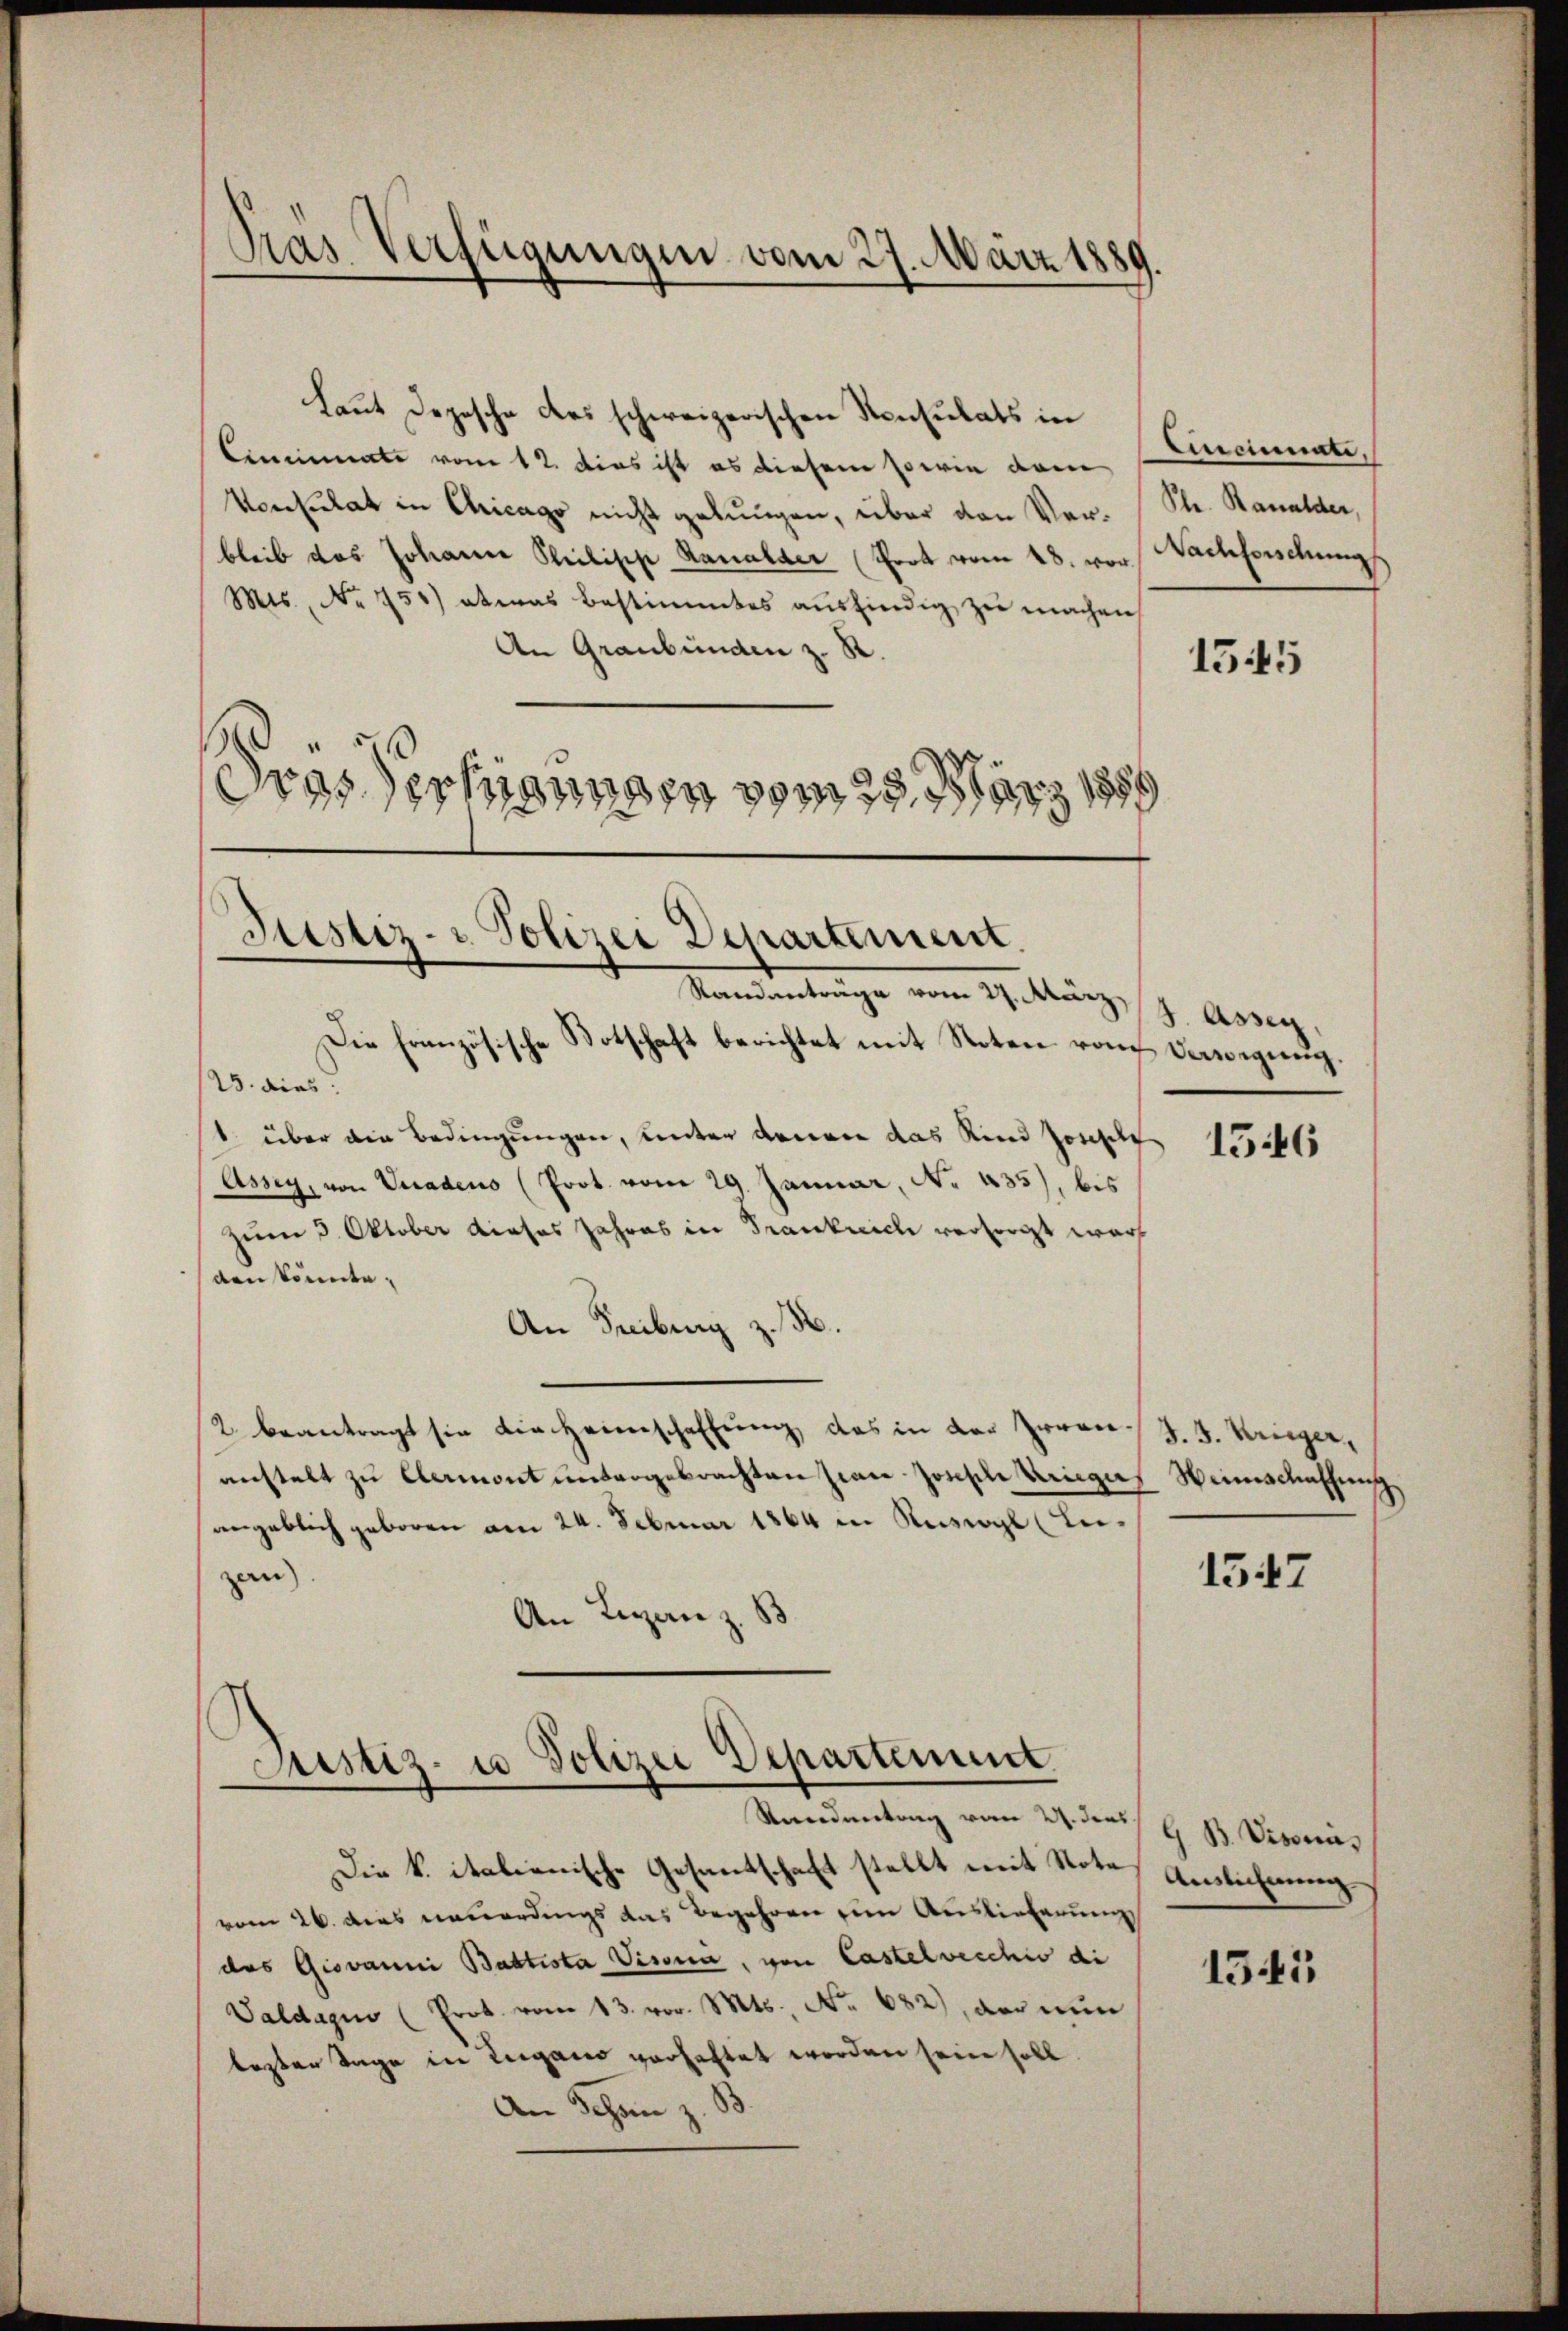
Träs Verfügungen vom 27. März 1889.

Laut Depesche des schweizerischen Konsulats in
Cinnmate vom 12. Dies ist es diesem sowie dam
Vonsulat in Chicago nicht gebungen, über den Ver- St. Kanalder,
bleib das Johann Philipp Kanalser (Prot vom 28. vor Nachforschung
Mts., No 750) etwas bestimmtes ausfindig zu machen
An Graubünden z. R.
s
Gras erhigungen vom 28. März 18
)

Justiz- u. Polizei Departement.
Mandentrage vom 27. März, 19. Assig

Justiz- u Polizei Departement
Stendentrag vom 2. dens

Die Französische Botschaft berichtet mit Noten von Vorwegung.
25. dies
1 über die Bedingungen, unter denen das Kind Josef
Assey, von Viadeus (Prot. vom 29. Januar, No. 435), bis
zum 3. Oktober dieses Jahres in Trankreich versorgt war
den könnte,
An Freiburg z. B.
2. beantragt sie die Heimschaffung, das in der Irrenanstalt zu Clermont untergebrachten sian Joseph Kriegers Heimschaffung
angeblich geboren am 24. Februar 1864 in Ruswyl (Lizen).
An Ligan z. B

Die k. italienische Gesantschaft stellt mit Note Auslichnung
vom 26. dies neuerdings das Begehren ein Auslieferung
des Giovanni Battista Visorii, von Castelvecchio di
Valdagin (Prot. vom 13. vor. Mts. No. 682), der nun
lezter Tage in Lugano verhaltet worden sein soll.
An Schon z. B.

Cincinate.

1545

1546

J. J. Krieger,

1547

G. B. Visorii,

1343